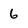
Character: 6